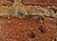
سأجعل